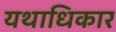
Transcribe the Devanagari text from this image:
यथाधिकार